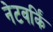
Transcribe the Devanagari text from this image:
नेटवर्किं